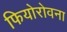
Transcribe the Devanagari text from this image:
फियोरोवना